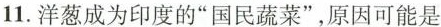
11.洋葱成为印度的”国民蔬菜”，原因可能是